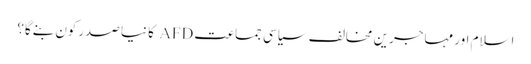
اسلام اور مہاجرین مخالف سیاسی جماعت AFD کا نیا صدرکون بنےگا؟